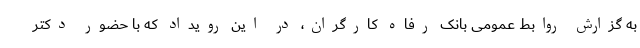
به گزارش روابط عمومی بانک رفاه کارگران، در این رویداد که با حضور دکتر